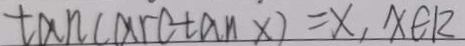
\tan ( \arctan x ) = x , x \in k